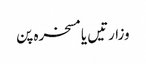
وزارتیں یا مسخرہ پن